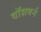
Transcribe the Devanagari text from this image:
वॉशबर्न